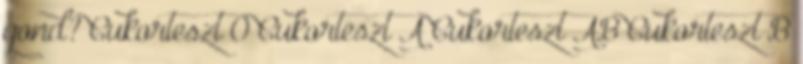
gond? Cukorteszt 0 Cukorteszt A Cukorteszt AB Cukorteszt B